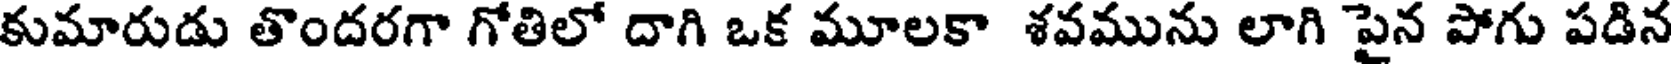
కుమారుడు తొందరగా గోతిలో దాగి ఒక మూలకా శవమును లాగి పైన పోగు పడిన